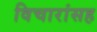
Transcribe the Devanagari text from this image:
विचारांसह